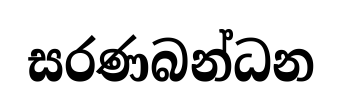
සරණබන්ධන